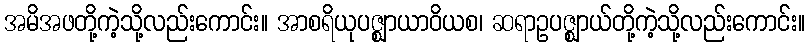
အမိအဖတို့ကဲ့သို့လည်းကောင်း။ အာစရိယုပဇ္ဈာယာဝိယစ၊ ဆရာဥပဇ္ဈာယ်တို့ကဲ့သို့လည်းကောင်း။